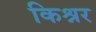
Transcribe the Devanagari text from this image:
किश्नर